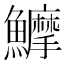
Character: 𱇇